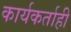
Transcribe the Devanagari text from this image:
कार्यकर्ताही